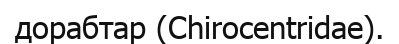
дорабтар (Chіrocentrіdae).